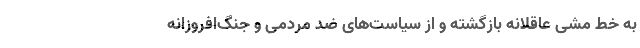
به خط مشی عاقلانه‌‌ بازگشته و از سیاست‌های ضد مردمی و جنگ‌افروزانه